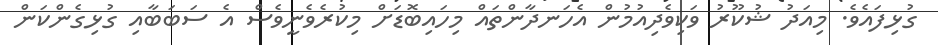
ގުޅިފައެވެ. މިއަދު ޝުކޫރު ވަކިވެދިއުމުން އެހަނދާންތައް މިހައިބޮޑަށް މިކުރެވެނީވެސް އެ ސަބަބާއި ގުޅިގެންކަން